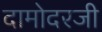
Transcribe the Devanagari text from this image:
दामोदरजी